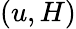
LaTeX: (u,H)